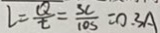
l = \frac { Q } { t } = \frac { 3 C } { 1 0 s } = 0 . 3 A